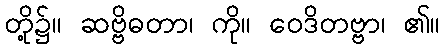
တို့၌။ ဆဗ္ဗိဓတာ၊ ကို။ ဝေဒိတဗ္ဗာ၊ ၏။